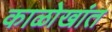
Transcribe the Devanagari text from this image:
काळोखांत